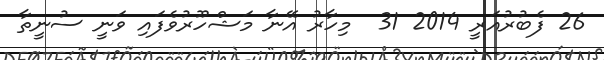
26 ފެބުރުއަރީ 2014 31  މިހާރު އޭނާ މަޝްހޫރުވެފައި ވަނީ ސުނީތާ